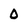
Character: 0